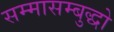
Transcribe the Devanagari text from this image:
सम्मासम्बुद्धो